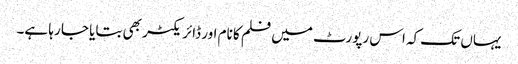
یہاں تک کہ اس رپورٹ میں فلم کا نام اور ڈائریکٹر بھی بتایا جا رہا ہے۔